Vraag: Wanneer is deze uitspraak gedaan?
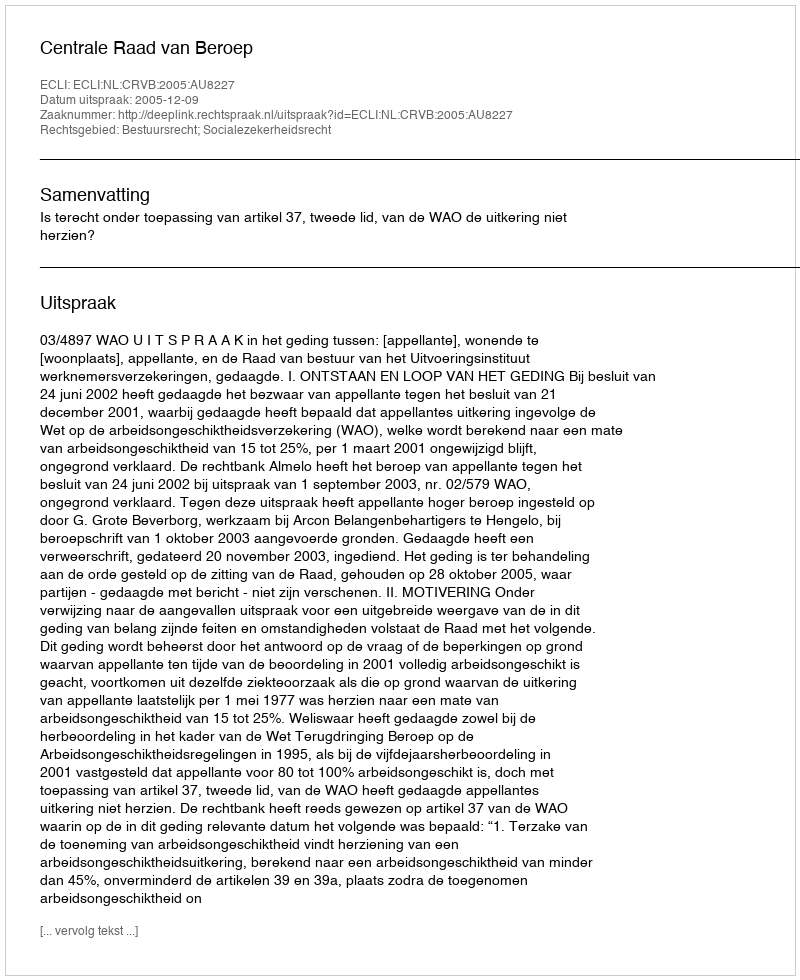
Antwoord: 2005-12-09